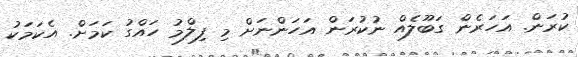
ކުރަން. އަހަރެން ގަބޫލެއް ނުކުރަން އަހަންނަށް މި ފިލްމު ހައްގު ކަމަށް. އެކަމަކު